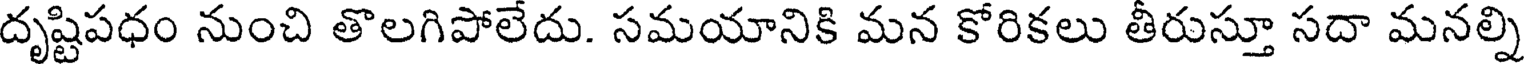
దృష్టిపధం నుంచి తొలగిపోలేదు. సమయానికి మన కోరికలు తీరుస్తూ సదా మనల్ని